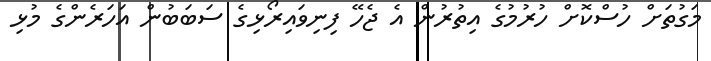
މަގުތަށް ހުސްކޮށް ހުރުމުގެ އިތުރުން އެ ޖެހޭ ފިނިވައިރޯޅިގެ ސަބަބުން އަހަރެންގެ މުޅި